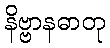
နိဗ္ဗာနဓာတု